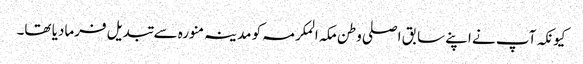
کیونکہ آپ نے اپنے سابق اصلی وطن مکہ المکرمہ کو مدینہ منورہ سے تبدیل فرمادیا تھا۔